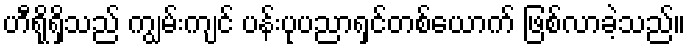
ဟီရိုရှိသည် ကျွမ်းကျင် ပန်းပုပညာရှင်တစ်ယောက် ဖြစ်လာခဲ့သည်။